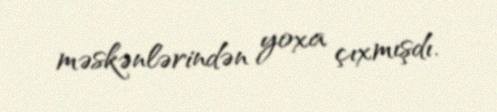
məskənlərindən yoxa çıxmışdı.